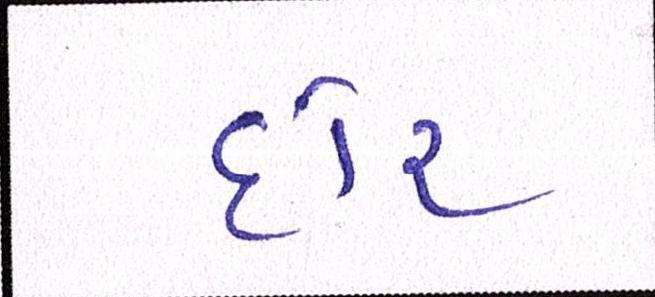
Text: દોર